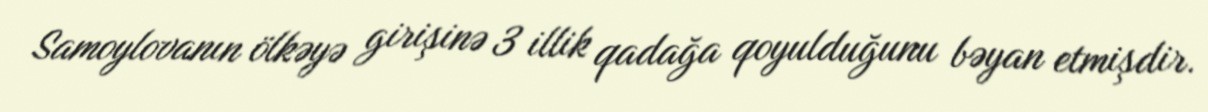
Samoylovanın ölkəyə girişinə 3 illik qadağa qoyulduğunu bəyan etmişdir.